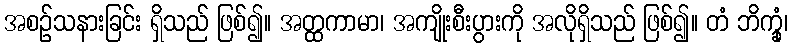
အစဉ်သနားခြင်း ရှိသည် ဖြစ်၍။ အတ္ထကာမာ၊ အကျိုးစီးပွားကို အလိုရှိသည် ဖြစ်၍။ တံ ဘိက္ခုံ၊